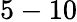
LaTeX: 5-10